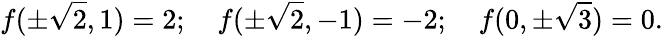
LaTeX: f(\pm{\sqrt{2}},1)=2;\quad f(\pm{\sqrt{2}},-1)=-2;\quad f(0,\pm{\sqrt{3}})=0.